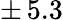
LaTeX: \pm\, 5.3